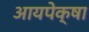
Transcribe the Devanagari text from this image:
आयपेक्षा